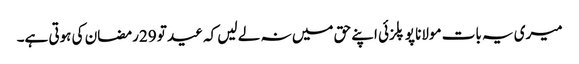
میری یہ بات مولانا پوپلزئی اپنے حق میں نہ لے لیں کہ عید تو 29رمضان کی ہوتی ہے۔